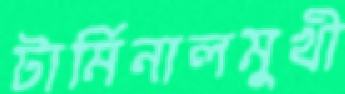
টার্মিনালমুখী